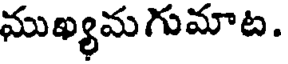
ముఖ్యమగుమాట.